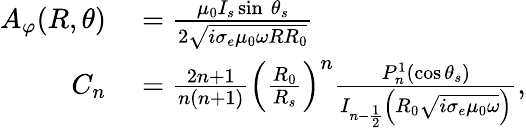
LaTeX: \begin{array}{rl}{A_{\varphi}(R,\theta)}&{{}=\frac{\mu_{0}I_{s}\sin\ \theta_{s}}{2\sqrt{i\sigma_{e}\mu_{0}\omega RR_{0}}}}\\ {C_{n}}&{{}=\frac{2n+1}{n(n+1)}\left(\frac{R_{0}}{R_{s}}\right)^{n}\frac{P_{n}^{1}\left(\cos\theta_{s}\right)}{I_{n-\frac{1}{2}}\left(R_{0}\sqrt{i\sigma_{e}\mu_{0}\omega}\right)},}\end{array}